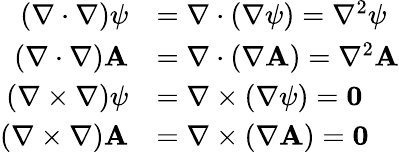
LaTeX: {\begin{array}{rl}{(\nabla\cdot\nabla)\psi}&{=\nabla\cdot(\nabla\psi)=\nabla^{2}\psi}\\ {(\nabla\cdot\nabla)\mathbf{A}}&{=\nabla\cdot(\nabla\mathbf{A})=\nabla^{2}\mathbf{A}}\\ {(\nabla\times\nabla)\psi}&{=\nabla\times(\nabla\psi)=\mathbf{0}}\\ {(\nabla\times\nabla)\mathbf{A}}&{=\nabla\times(\nabla\mathbf{A})=\mathbf{0}}\end{array}}